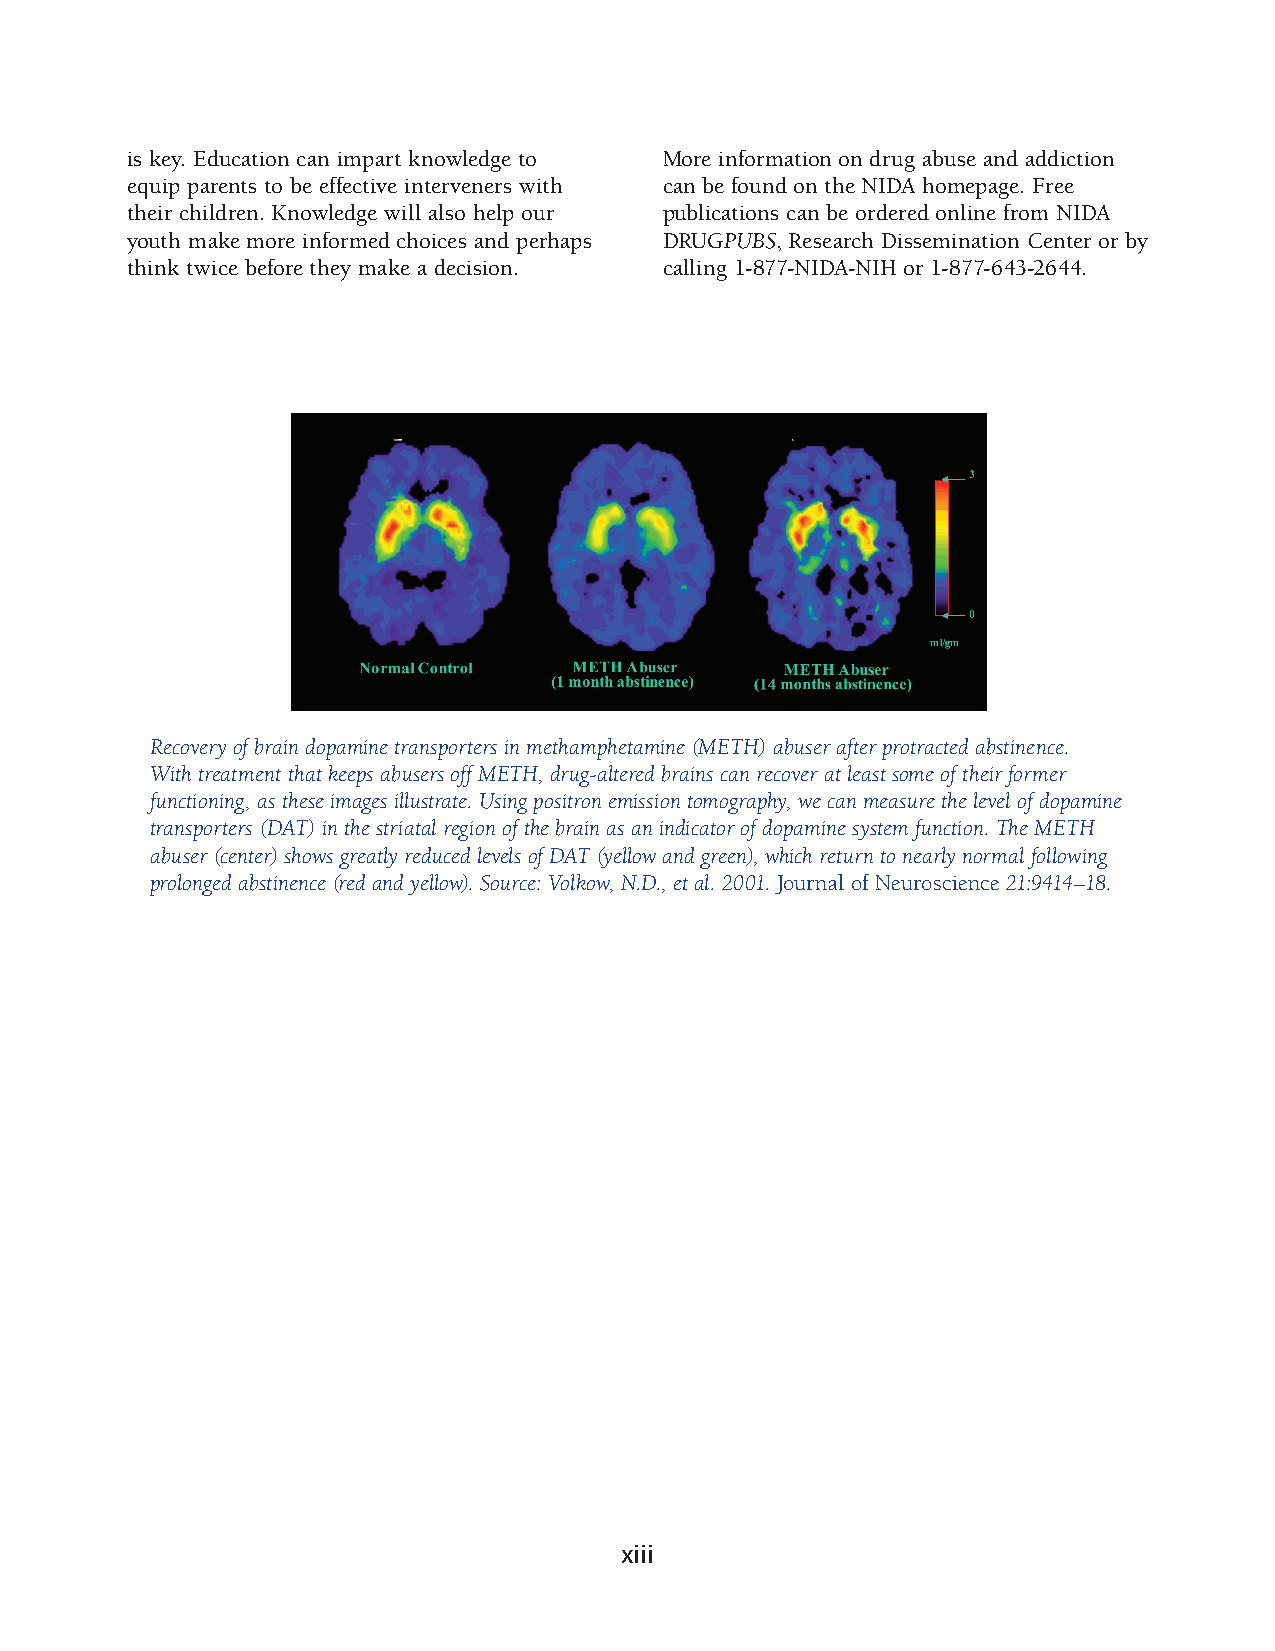
is key. Education can impart knowledge to More information on drug abuse and addiction
 equip parents to be effective interveners with can be found on the NIDA homepage. Free
 their children. Knowledge will also help our publications can be ordered online from NIDA
 youth make more informed choices and perhaps DRUGPUBS, Research Dissemination Center or by
 think twice before they make a decision. calling 1-877-NIDA-NIH or 1-877-643-2644.
 Recovery of brain dopamine transporters in methamphetamine (METH) abuser after protracted abstinence.
 With treatment that keeps abusers off METH, drug-altered brains can recover at least some of their former
 functioning, as these images illustrate. Using positron emission tomography, we can measure the level of dopamine
 transporters (DAT) in the striatal region of the brain as an indicator of dopamine system function. The METH
 abuser (center) shows greatly reduced levels of DAT (yellow and green), which return to nearly normal following
 prolonged abstinence (red and yellow). Source: Volkow, N.D., et al. 2001. Journal of Neuroscience 21:9414–18.
 xiii